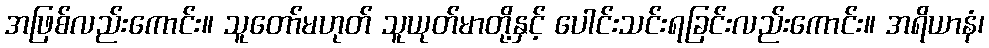
အဖြစ်လည်းကောင်း။ သူတော်မဟုတ် သူယုတ်မာတို့နှင့် ပေါင်းသင်းရခြင်းလည်းကောင်း။ အရိယာနံ၊